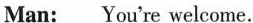
Man: You're welcome.